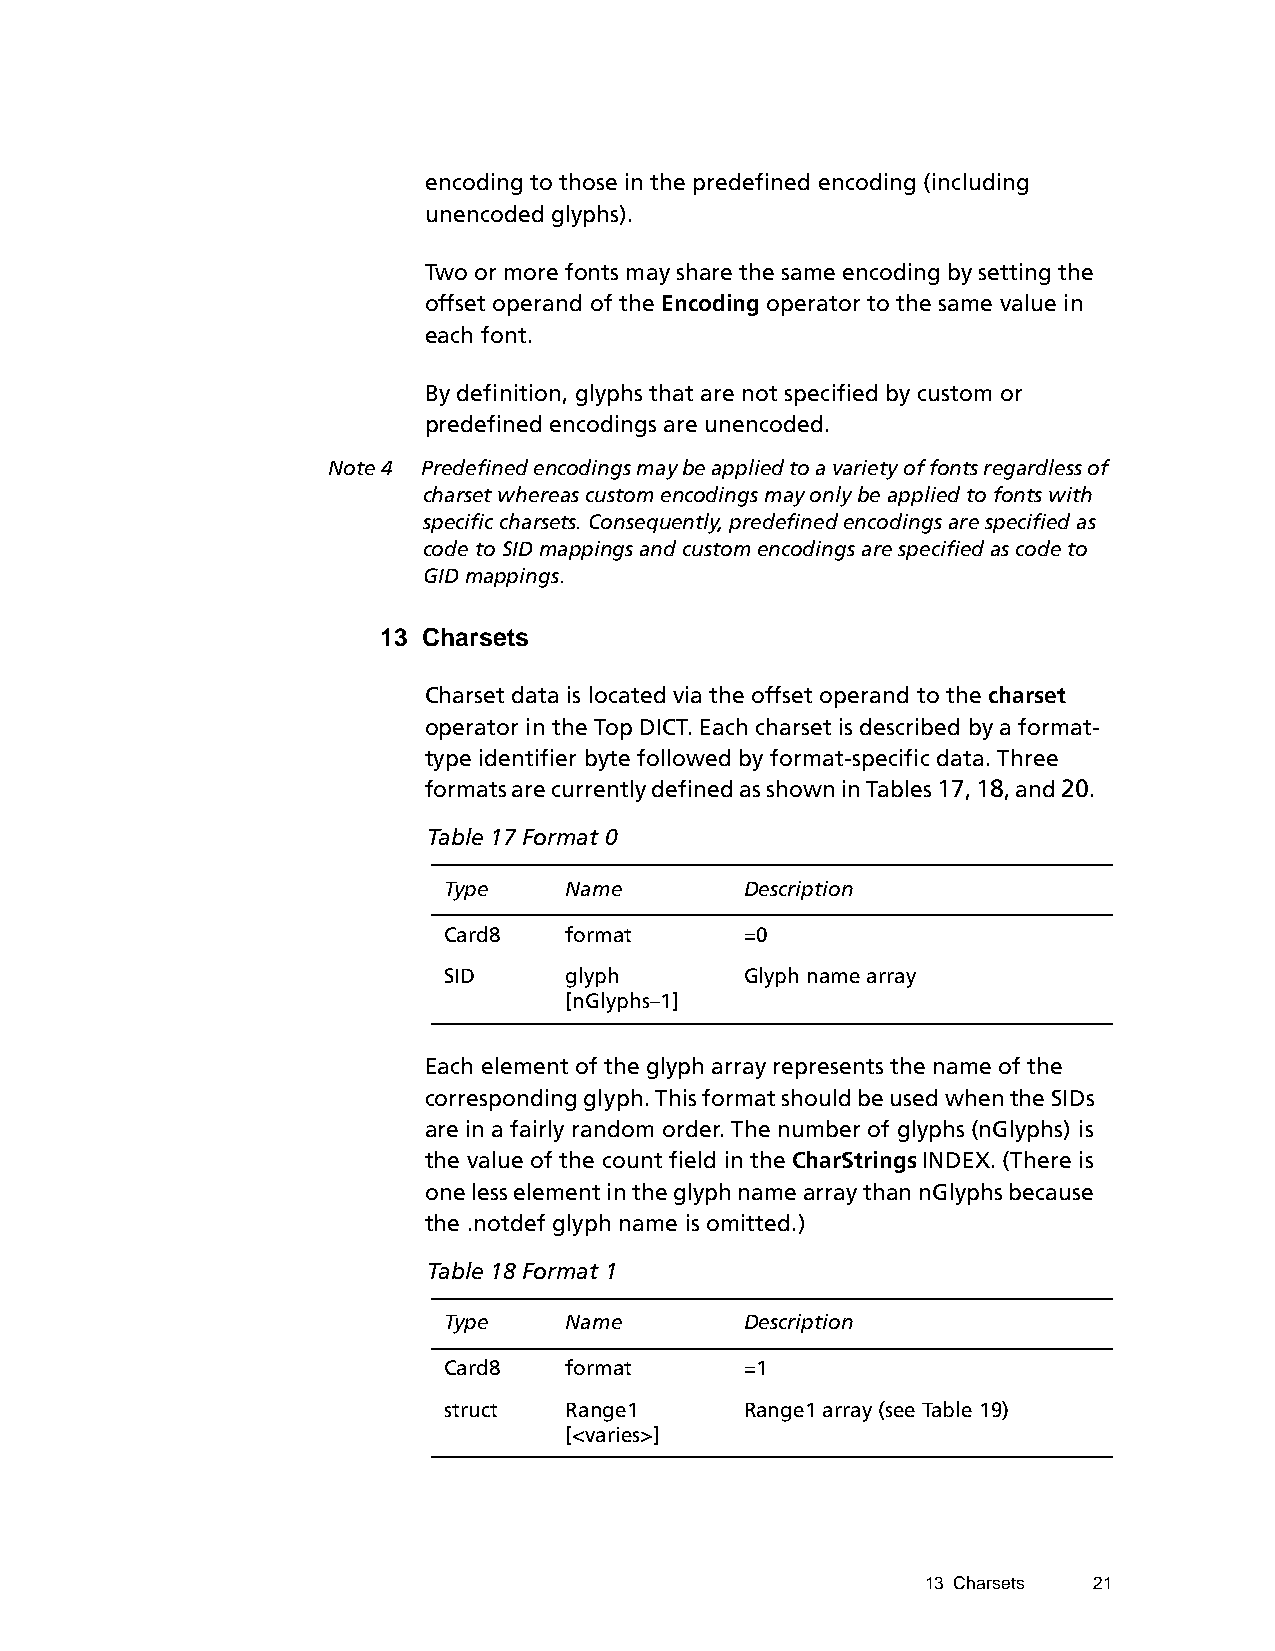
encoding to those in the predefined encoding (including
 unencoded glyphs).
 Two or more fonts may share the same encoding by setting the
 offset operand of the Encoding operator to the same value in
 each font.
 By definition, glyphs that are not specified by custom or
 predefined encodings are unencoded.
 Note 4 Predefined encodings may be applied to a variety of fonts regardless of
 charset whereas custom encodings may only be applied to fonts with
 specific charsets. Consequently, predefined encodings are specified as
 code to SID mappings and custom encodings are specified as code to
 GID mappings.
 13 Charsets
 Charset data is located via the offset operand to the charset
 operator in the Top DICT. Each charset is described by a format-
 type identifier byte followed by format-specific data. Three
 formats are currently defined as shown in Tables 17, 18, and 20.
 Table 17 Format 0
 Type    Name        Description
 Card8   format      =0
 SID     glyph       Glyph name array
 [nGlyphs–1]
 Each element of the glyph array represents the name of the
 corresponding glyph. This format should be used when the SIDs
 are in a fairly random order. The number of glyphs (nGlyphs) is
 the value of the count field in the CharStrings INDEX. (There is
 one less element in the glyph name array than nGlyphs because
 the .notdef glyph name is omitted.)
 Table 18 Format 1
 Type    Name        Description
 Card8   format      =1
 struct  Range1      Range1 array (see Table 19)
 [<varies>]
 13 Charsets 21